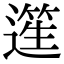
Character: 𨖬